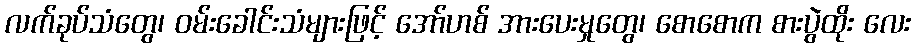
လက်ခုပ်သံတွေ၊ ဝမ်းခေါင်းသံများဖြင့် အော်ဟစ် အားပေးမှုတွေ၊ စောစောက စားပွဲထိုး လေး